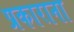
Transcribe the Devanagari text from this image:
प्रकाराना